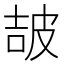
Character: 𤿠